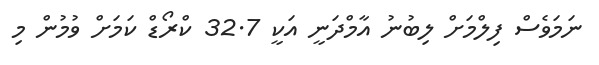
ނަމަވެސް ފިލްމަށް ލިބުނު އާމްދަނީ އަކީ 32.7 ކްރޯޑް ކަމަށް ވުމުން މި